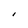
Character: I